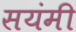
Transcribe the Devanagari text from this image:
सयंमी